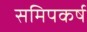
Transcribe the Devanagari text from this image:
समिपकर्ष